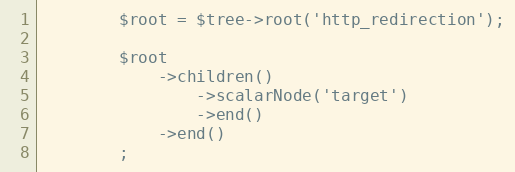
Language: PHP
        $root = $tree->root('http_redirection');

        $root
            ->children()
                ->scalarNode('target')
                ->end()
            ->end()
        ;